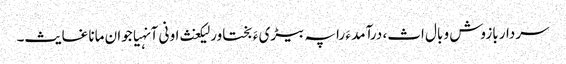
سردار بازوش و بال اث، درآمد ءَ را پہ بیڑی ءَ بختاور لیکغث او نی آنہیاجوان مانا غایث۔